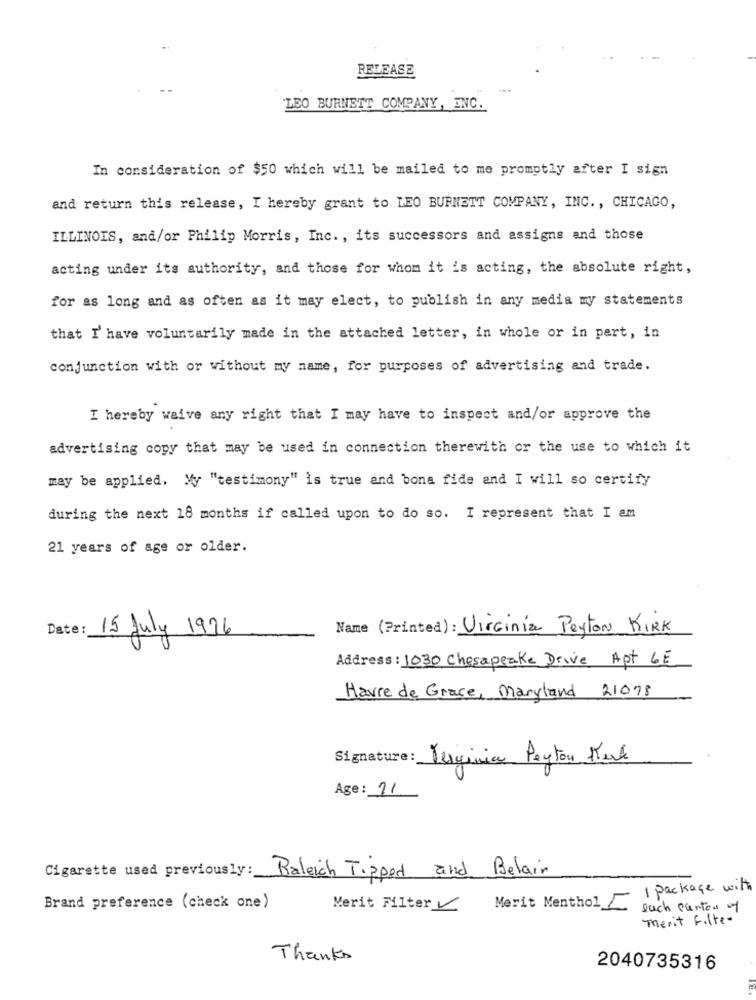
RELEASE
LEO BURNETT COMPANY, INC.
In consideration of $50 which will be mailed to me promptly after I sign
and return this release, I hereby grant to LEO BURNETT COMPANY, INC ., CHICAGO,
ILLINOIS, and/or Philip Morris, Inc. , its successors and assigns and those
acting under its authority, and those for whom it is acting, the absolute right,
for as long and as often as it may elect, to publish in any media my statements
that I' have voluntarily made in the attached letter, in whole or in part, in
conjunction with or without my name, for purposes of advertising and trade.
I hereby waive any right that I may have to inspect and/or approve the
advertising copy that may be used in connection therewith or the use to which it
may be applied. My "testimony" is true and bona fide and I will so certify
during the next 18 months if called upon to do so. I represent that I am
21 years of age or older.
Date:
15 July 1996
Name (Printed) : Virginia Peyton KIRK
Address : 1030 Chesapeake Drive Apt 6E
Havre de Grace, Maryland 21078
Signature:
Verginia Payton Kurk
Age : 11
Cigarette used previously: Baleich Tipped and Belair
1 package with
Brand preference (check one)
Merit Filter
Merit Menthol C
such carter of
merit filter
Thanks
2040735316